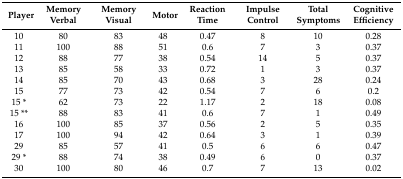
| Player | Memory Verbal | Memory Visual | Motor | Reaction Time | Impulse Control | Total Symptoms | Cognitive Efficiency |
 | --- | --- | --- | --- | --- | --- | --- | --- |
 | 10 | 80 | 83 | 48 | 0.47 | 8 | 10 | 0.28 |
 | 11 | 100 | 88 | 51 | 0.6 | 7 | 3 | 0.37 |
 | 12 | 88 | 77 | 38 | 0.54 | 14 | 5 | 0.37 |
 | 13 | 85 | 58 | 33 | 0.72 | 1 | 3 | 0.37 |
 | 14 | 85 | 70 | 43 | 0.68 | 3 | 28 | 0.24 |
 | 15 | 77 | 73 | 42 | 0.54 | 7 | 6 | 0.2 |
 | 15 * | 62 | 73 | 22 | 1.17 | 2 | 18 | 0.08 |
 | 15 ** | 88 | 83 | 41 | 0.6 | 7 | 1 | 0.49 |
 | 16 | 100 | 85 | 37 | 0.56 | 2 | 5 | 0.35 |
 | 17 | 100 | 94 | 42 | 0.64 | 3 | 1 | 0.39 |
 | 29 | 85 | 57 | 41 | 0.5 | 6 | 6 | 0.47 |
 | 29 * | 88 | 74 | 38 | 0.49 | 6 | 0 | 0.37 |
 | 30 | 100 | 80 | 46 | 0.7 | 7 | 13 | 0.02 |